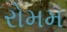
રોમમ